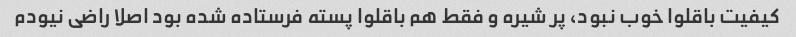
کیفیت باقلوا خوب نبود، پر شیره و فقط هم باقلوا پسته فرستاده شده بود اصلا راضی نیودم